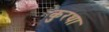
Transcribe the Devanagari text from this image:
कुरथा